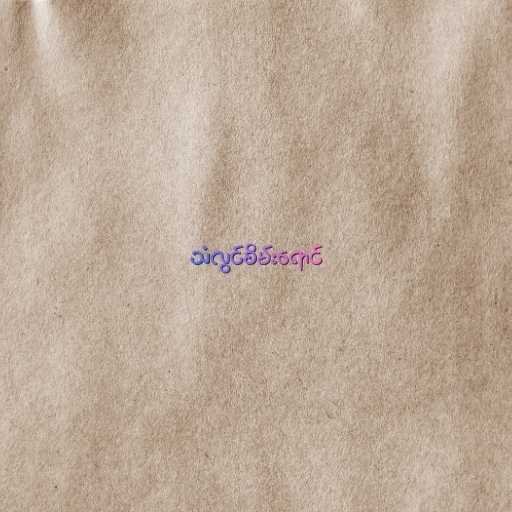
သံလွင်စိမ်းရောင်